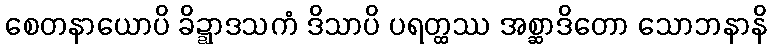
စေတနာယောပိ ခိဍ္ဍာဒသကံ ဒိသာပိ ပရတ္ထဿ အစ္ဆာဒိတော သောဘနာနိ